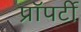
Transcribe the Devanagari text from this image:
प्राॅपर्टी